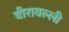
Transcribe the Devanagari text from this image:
वीरावल्ली